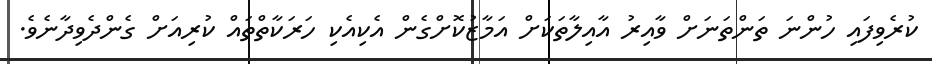
ކުރެވިފައި ހުންނަ ތަންތަނަށް ވާއިރު އާއިލާތަކަށް އަމާޒުކޮށްގެން އެކިއެކި ހަރަކާތްތައް ކުރިއަށް ގެންދެވިދާނެވެ.